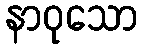
နာဝုသော